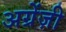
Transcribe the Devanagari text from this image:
अग्रेंज़ी